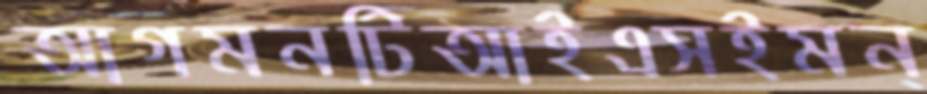
আগমনটিআইএসইমন্